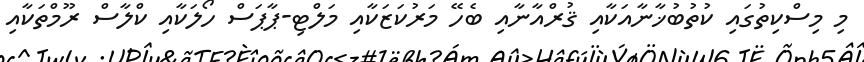
މި މިސްކިތުގައި ކުތުބުޚާނާއަކާއި ޤުރްއާނާއި ބެހޭ މަރުކަޒަކާއި މަލްޓި-ޕާޕަސް ހޯލަކާއި ކްލާސް ރޫމްތަކާއި